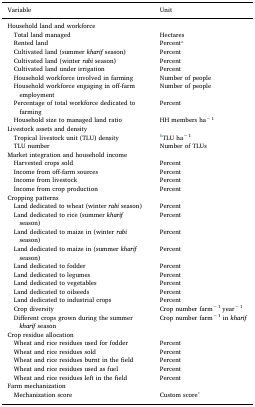
| Variable | Unit |
 | --- | --- |
 | Household land and workforce |  |
 | Total land managed | Hectares |
 | Rented land | Percenta |
 | Cultivated land (summer kharif season) | Percent |
 | Cultivated land (winter rabi season) | Percent |
 | Cultivated land under irrigation | Percent |
 | Household workforce involved in farming | Number of people |
 | Household workforce engaging in off-farm employment | Number of people |
 | Percentage of total workforce dedicated to farming | Percent |
 | Household size to managed land ratio | HH members ha− 1 |
 | Livestock assets and density |  |
 | Tropical livestock unit (TLU) density | bTLU ha− 1 |
 | TLU number | Number of TLUs |
 | Market integration and household income |  |
 | Harvested crops sold | Percent |
 | Income from off-farm sources | Percent |
 | Income from livestock | Percent |
 | Income from crop production | Percent |
 | Cropping patterns |  |
 | Land dedicated to wheat (winter rabi season) | Percent |
 | Land dedicated to rice (summer kharif season) | Percent |
 | Land dedicated to maize in (winter rabi season) | Percent |
 | Land dedicated to maize in (summer kharif season) | Percent |
 | Land dedicated to fodder | Percent |
 | Land dedicated to legumes | Percent |
 | Land dedicated to vegetables | Percent |
 | Land dedicated to oilseeds | Percent |
 | Land dedicated to industrial crops | Percent |
 | Crop diversity | Crop number farm− 1 year− 1 |
 | Different crops grown during the summer kharif season | Crop number farm− 1 in kharif |
 | Crop residue allocation |  |
 | Wheat and rice residues used for fodder | Percent |
 | Wheat and rice residues sold | Percent |
 | Wheat and rice residues burnt in the field | Percent |
 | Wheat and rice residues used as fuel | Percent |
 | Wheat and rice residues left in the field | Percent |
 | Farm mechanization |  |
 | Mechanization score | Custom scorec |